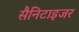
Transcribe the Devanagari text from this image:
सैनिटाइजर